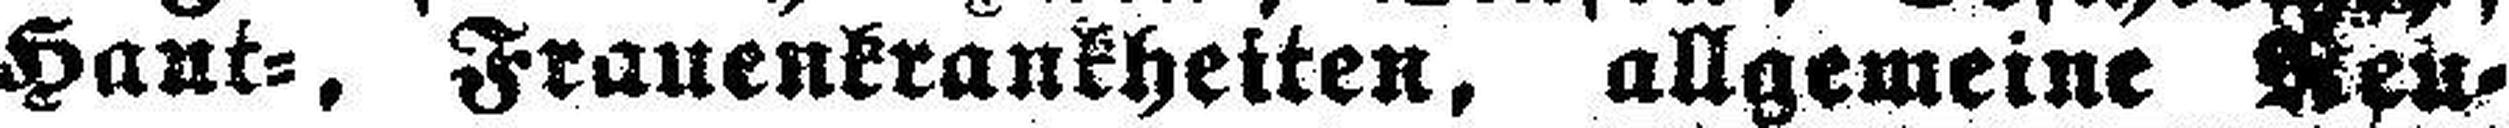
Hant=, Frauenkrankheiten, allgemeine Neu¬